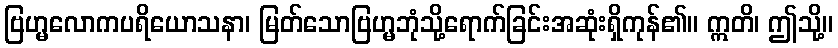
ဗြဟ္မလောကပရိယောသနာ၊ မြတ်သောဗြဟ္မဘုံသို့ရောက်ခြင်းအဆုံးရှိကုန်၏။ ဣတိ၊ ဤသို့။